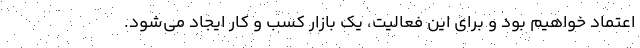
اعتماد خواهیم بود و برای این فعالیت، یک بازار کسب و کار ایجاد می‌شود.